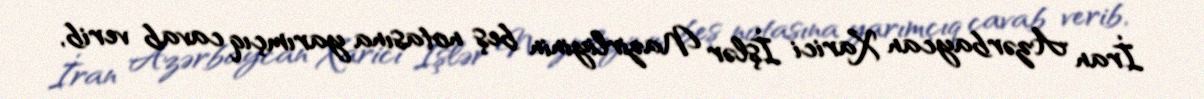
İran Azərbaycan Xarici İşlər Nazirliyinin beş notasına yarımçıq cavab verib,